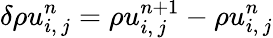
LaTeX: \delta\rho u_{i,\, j}^{n}=\rho u_{i,\, j}^{n+1}-\rho u_{i,\, j}^{n}